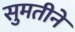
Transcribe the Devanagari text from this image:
सुमतीने